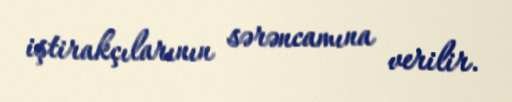
iştirakçılarının sərəncamına verilir.